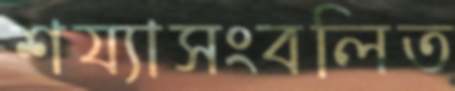
শয্যাসংবলিত